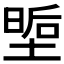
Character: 𭏏